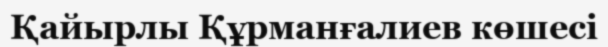
Қайырлы Құрманғалиев көшесі